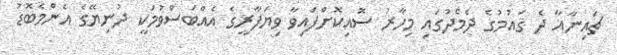
ޗައިނާއާ ދެ ޤައުމުގެ ދެމެދުގައި މިހާރު ސޮއިކޮށްފައިވާ ވިޔަފާރީގެ އެއްބަސްވުމަކީ ދުނިޔޭގެ އެންމެބޮޑު